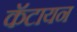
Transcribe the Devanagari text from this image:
कॅटायन